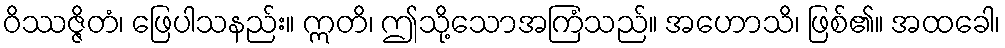
ဝိဿဇ္ဇိတံ၊ ဖြေပါသနည်း။ ဣတိ၊ ဤသို့သောအကြံသည်။ အဟောသိ၊ ဖြစ်၏။ အထခေါ၊